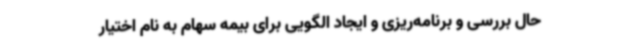
حال بررسی و برنامه‌ریزی و ایجاد الگویی برای بیمه سهام به نام اختیار